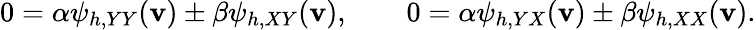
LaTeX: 0=\alpha\psi_{h,YY}(\mathbf{v})\pm\beta\psi_{h,XY}(\mathbf{v}),\qquad0=\alpha\psi_{h,YX}(\mathbf{v})\pm\beta\psi_{h,XX}(\mathbf{v}).